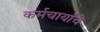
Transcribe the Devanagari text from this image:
कर्मचार्यांचे